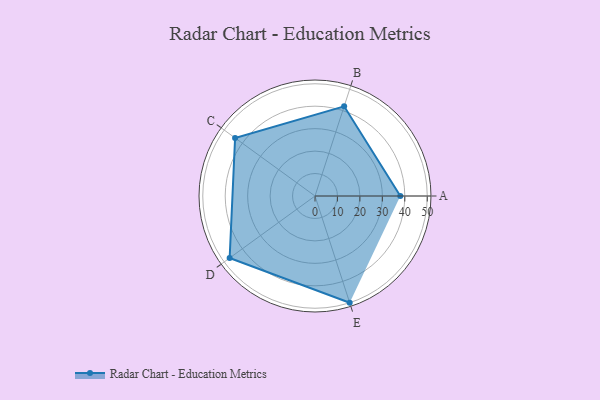
{"axis": {"x": "Skill", "y": "Score"}, "legend": ["Profile"], "data": [{"x": "A", "y": 38.0, "type": "Profile"}, {"x": "B", "y": 42.0, "type": "Profile"}, {"x": "C", "y": 44.0, "type": "Profile"}, {"x": "D", "y": 47.0, "type": "Profile"}, {"x": "E", "y": 50.0, "type": "Profile"}]}